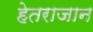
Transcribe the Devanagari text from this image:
हेतराजान